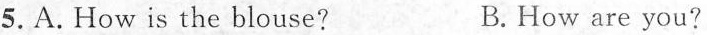
5.A.How is the blouse? B. How are you?